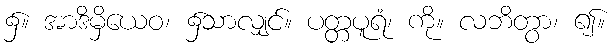
၌။ အာဒိမှိယေဝ၊ ၌သာလျှင်။ ပတ္တပူရံ၊ ကို။ လဘိတွာ၊ ၍။